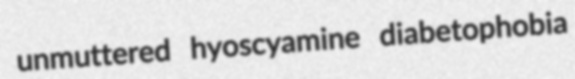
unmuttered hyoscyamine diabetophobia